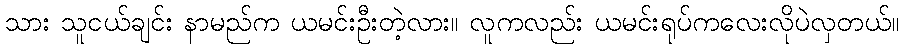
သား သူငယ်ချင်း နာမည်က ယမင်းဦးတဲ့လား။ လူကလည်း ယမင်းရုပ်ကလေးလိုပဲလှတယ်။